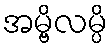
အမ္ဗိလမ္ပိ